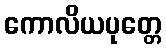
ကောလိယပုတ္တေ